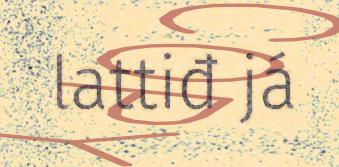
lattiđ já